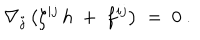
LaTeX: \nabla _ { j } \left( \zeta ^ { i j } \, h \; + \; f ^ { i j } \right) \; = \; 0 \ .